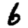
Digit: 6